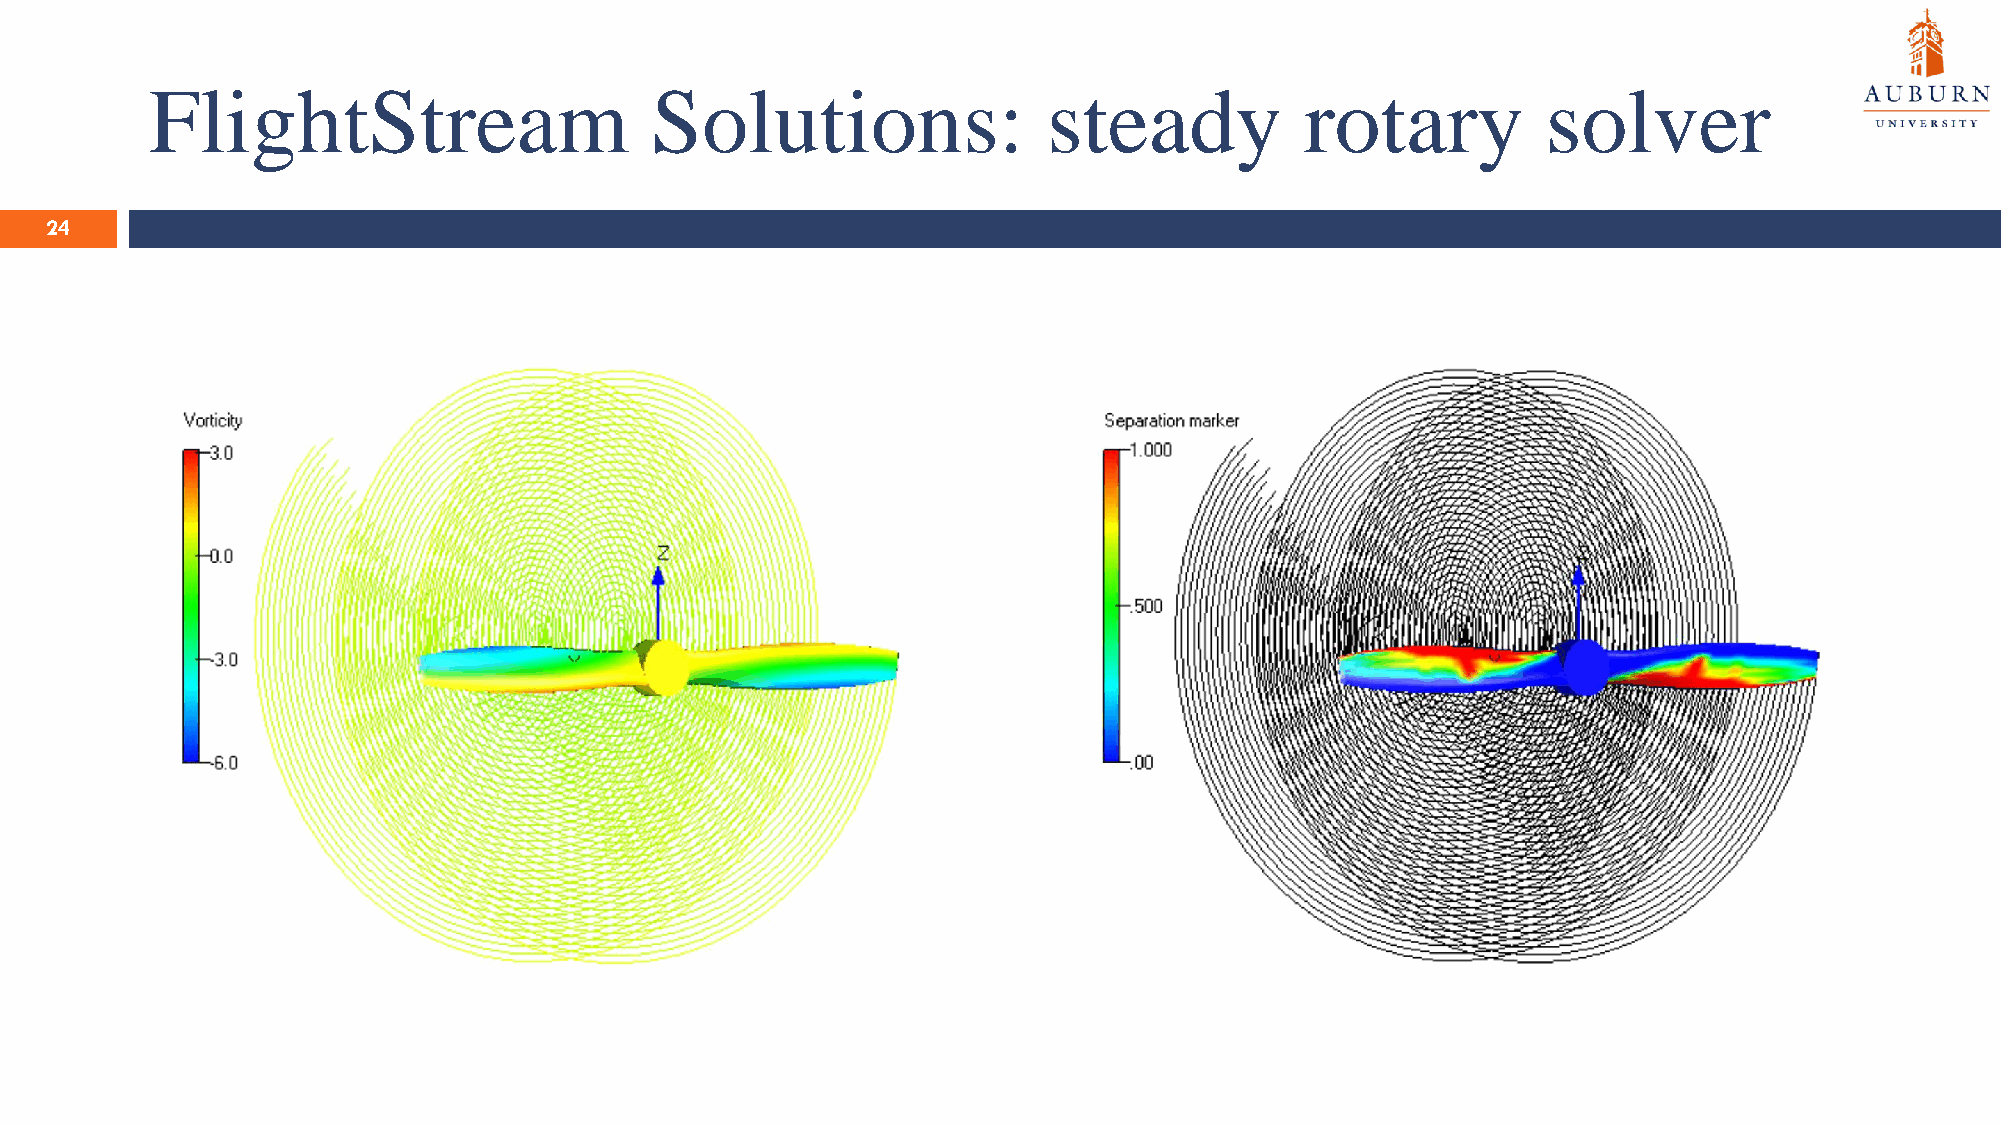
FlightStream                     Solutions:                steady           rotary          solver
 24